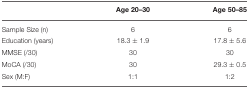
<table><thead><tr><td></td><td><b>Age 20–30</b></td><td><b>Age 50–85</b></td></tr></thead><tbody><tr><td>Sample Size (n)</td><td>6</td><td>6</td></tr><tr><td>Education (years)</td><td>18.3 ± 1.9</td><td>17.8 ± 5.6</td></tr><tr><td>MMSE (/30)</td><td>30</td><td>30</td></tr><tr><td>MoCA (/30)</td><td>30</td><td>29.3 ± 0.5</td></tr><tr><td>Sex (M:F)</td><td>1:1</td><td>1:2</td></tr></tbody></table>